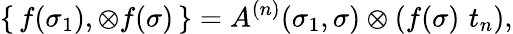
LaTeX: \{ \, f(\sigma_{1}),\otimes f(\sigma)\, \} =A^{(n)}(\sigma_{1},\sigma)\otimes(f(\sigma)\, \, t_{n}),